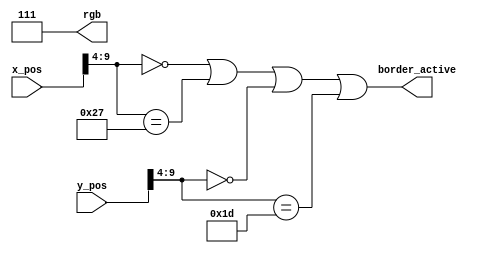
// Copyright 2024 Stefan Hirschbck
// Licensed under the Apache License, Version 2.0 (the "License");
// you may not use this file except in compliance with the License. 
// You may obtain a copy of the License at
// 
// http://www.apache.org/licenses/LICENSE2.0
// 
// Unless required by applicable law or agreed to in writing, software
// distributed under the License is distributed on an "AS IS" BASIS,
// WITHOUT WARRANTIES OR CONDITIONS OF ANY KIND, either express or implied. See the License for the specific language governing permissions and
// limitations under the License.

`default_nettype none
module draw_border # (
    parameter BIT = 10
) (
    input wire[BIT-1:0] x_pos,
    input wire[BIT-1:0] y_pos,
    output wire border_active,
    output wire [2:0] rgb
);

// border start and end positions
parameter BORDER_LEFT = 10'd0;
parameter BORDER_RIGHT = 10'd639;
parameter BORDER_BOTTOM = 10'd479;
parameter BORDER_TOP = 10'd0;
parameter BORDER_BIT_WIDTH = 4;
parameter color = 3'b111; // white

// return 1 if border should be drawn at current x and y position
assign border_active = x_pos[BIT-1: BORDER_BIT_WIDTH] == BORDER_LEFT[BIT-1: BORDER_BIT_WIDTH] || x_pos[BIT-1: BORDER_BIT_WIDTH] == BORDER_RIGHT[BIT-1: BORDER_BIT_WIDTH] || y_pos[BIT-1: BORDER_BIT_WIDTH] == BORDER_TOP[BIT-1: BORDER_BIT_WIDTH] || y_pos[BIT-1: BORDER_BIT_WIDTH] == BORDER_BOTTOM[BIT-1: BORDER_BIT_WIDTH];

assign rgb = color;

endmodule